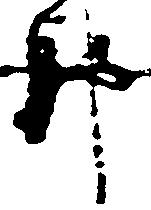
那